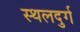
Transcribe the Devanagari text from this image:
स्थलदुर्ग